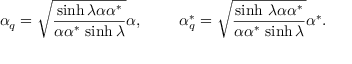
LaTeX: \alpha _ { q } = \sqrt { \frac { \sinh \lambda \alpha \alpha ^ { * } } { \alpha \alpha ^ { * } \, \sinh \lambda } } \alpha , ~ ~ ~ ~ ~ ~ ~ \alpha _ { q } ^ { * } = \sqrt { \frac { \sinh \, \lambda \alpha \alpha ^ { * } } { \alpha \alpha ^ { * } \, \sinh \lambda } } \alpha ^ { * } .